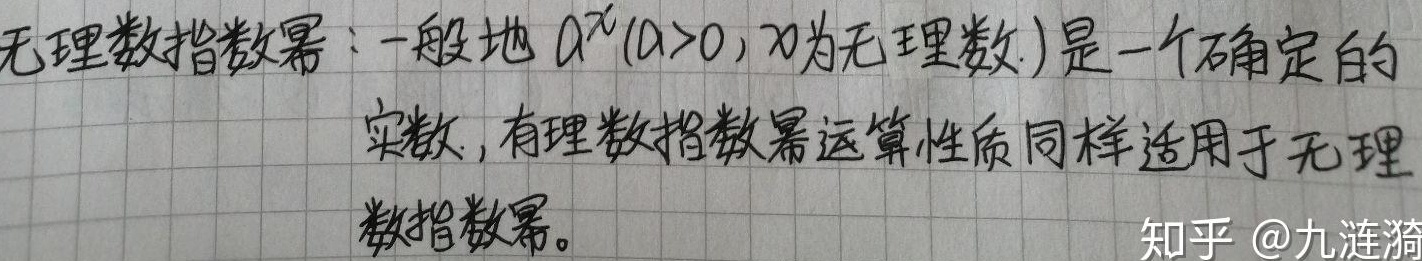
无理数指数幂：一般地，\(a^{x}(a > 0,x为无理数)\)是一个确定的实数，有理数指数幂运算性质同样适用于无理数指数幂。知乎 @九涟漪